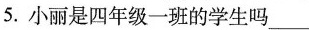
5.小丽是四年级一班的学生吗___